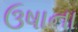
ઉષાના